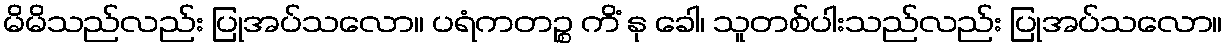
မိမိသည်လည်း ပြုအပ်သလော။ ပရံကတဉ္စ ကိံ နု ခေါ၊ သူတစ်ပါးသည်လည်း ပြုအပ်သလော။